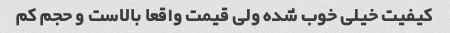
کیفیت خیلی خوب شده ولی قیمت واقعا بالاست و حجم کم